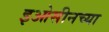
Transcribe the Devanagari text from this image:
इओसीनच्या